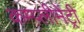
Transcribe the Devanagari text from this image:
कम्प्लीमेंट्री